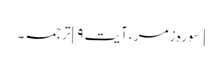
[سورہ زمر ،آیت ۹]ترجمہ۔